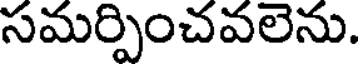
సమర్పించవలెను.